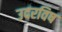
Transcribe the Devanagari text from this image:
उदरविष